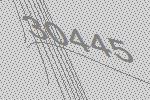
30445